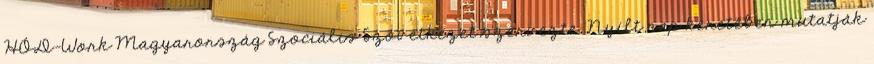
HÓD-Work Magyarország Szociális Szövetkezet szervezte. Nyílt nap keretében mutatják